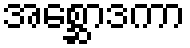
အစ္ဆောဒကာ